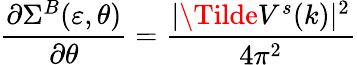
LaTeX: \frac{\partial\Sigma^{B}(\varepsilon,\theta)}{\partial\theta}=\frac{|\Tilde{V}^{s}(k)|^{2}}{4\pi^{2}}